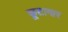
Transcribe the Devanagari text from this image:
कूटागार